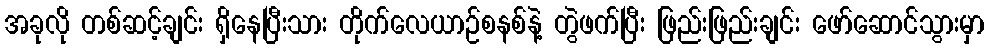
အခုလို တစ်ဆင့်ချင်း ရှိနေပြီးသား တိုက်လေယာဉ်စနစ်နဲ့ တွဲဖက်ပြီး ဖြည်းဖြည်းချင်း ဖော်ဆောင်သွားမှာ